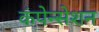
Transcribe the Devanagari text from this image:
कंपेन्सेशन